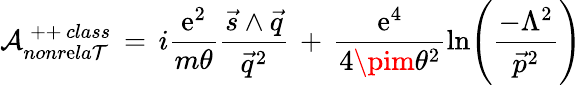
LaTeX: {\cal{A}}_{nonr\mathrm{e}la\mathcal{T}}^{\, ++\, class}\, =\, i\frac{{\mathrm{e}^{2}}}{{m\theta}}\frac{{\vec{{s}}\wedge\vec{{q}}}}{{\vec{{q}}^{2}}}\, +\, \frac{{\mathrm{e}^{4}}}{{4\pim\theta^{2}}}\ln\Biggl(\frac{{-\Lambda^{2}}}{{\vec{{p}}^{2}}}\Biggr)